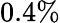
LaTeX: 0.4\%